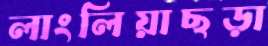
লাংলিয়াছড়া